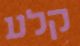
קלע